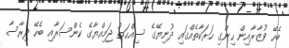
ބެހޭ ވުޒާރާއިން ހިންގި ހަރަކާތެއްގައި ދުނިޔޭގެ ސިއްޙަތު ޖަމިއްޔާގެ ކެންސަރާއި ބެހޭ ދިރާސާ